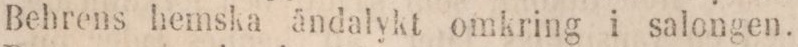
Behrens hemska ändalykt omkring i salongen.